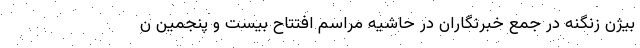
بیژن زنگنه در جمع خبرنگاران در حاشیه مراسم افتتاح بیست و پنجمین ن